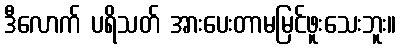
ဒီလောက် ပရိသတ် အားပေးတာမမြင်ဖူးသေးဘူး။